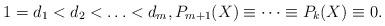
LaTeX: \begin{align*} 1=d_{1}<d_{2}<\ldots <d_{m}, P_{m+1}(X)\equiv \cdots \equiv P_{k}(X)\equiv 0.\end{align*}